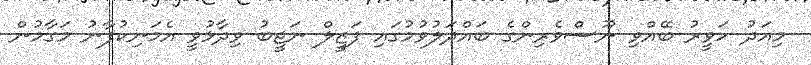
މިއަދު ހަވީރު ބޭއްވި ނޫސްވެރިންގެ ބައްދަލުވުމުގައި ފަޒީލް ނަޖީބު ވިދާޅުވީ އެމަނިކުފާނު މަގާމުން